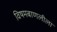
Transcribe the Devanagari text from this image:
विषमबाणलीला